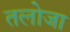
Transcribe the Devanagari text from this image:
तलोजा